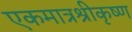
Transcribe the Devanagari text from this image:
एकमात्रश्रीकृष्ण